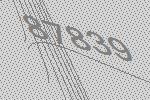
87839